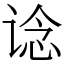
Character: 谂